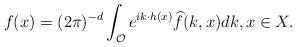
LaTeX: \begin{align*}f(x)=(2\pi)^{-d}\int_{\mathcal{O}}e^{ik \cdot h(x)}\widehat{f}(k,x)dk, x \in X.\end{align*}